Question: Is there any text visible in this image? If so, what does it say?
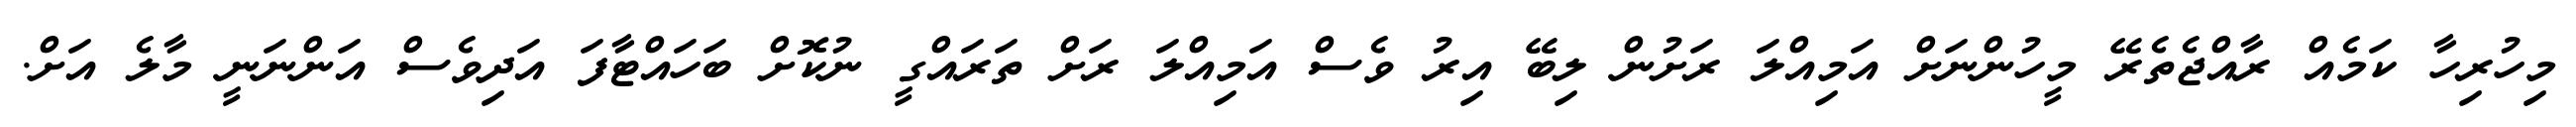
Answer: މިހުރިހާ ކަމެއް ރާއްޖެތެރޭ މީހުންނަށް އަމިއްލަ ރަށުން ލިބޭ އިރު ވެސް އަމިއްލަ ރަށް ތަރައްގީ ނުކޮށް ބަހައްޓާފަ އަދިވެސް އަންނަނީ މާލެ އަށް.